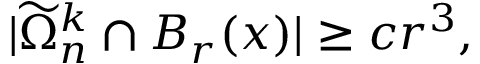
\begin{array} { r } { | \widetilde \Omega _ { n } ^ { k } \cap B _ { r } ( x ) | \geq c r ^ { 3 } , } \end{array}